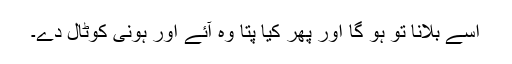
اسے بلانا تو ہو گا اور پھر کیا پتا وہ آئے اور ہونی کوٹال دے۔